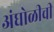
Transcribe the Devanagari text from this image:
अंघोळीची